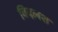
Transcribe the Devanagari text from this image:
विदलश